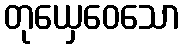
တုယှေဝေသော